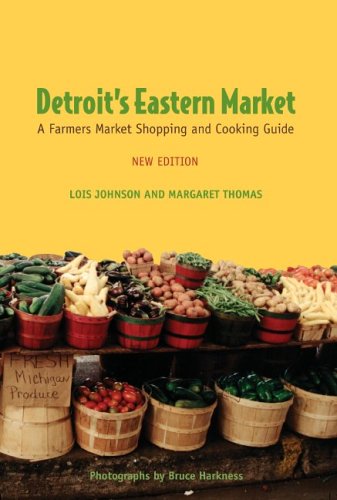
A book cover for Detroit's Eastern Market: A Farmers Market Shopping and Cooking Guide, New Edition; Lois Johnson; Travel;